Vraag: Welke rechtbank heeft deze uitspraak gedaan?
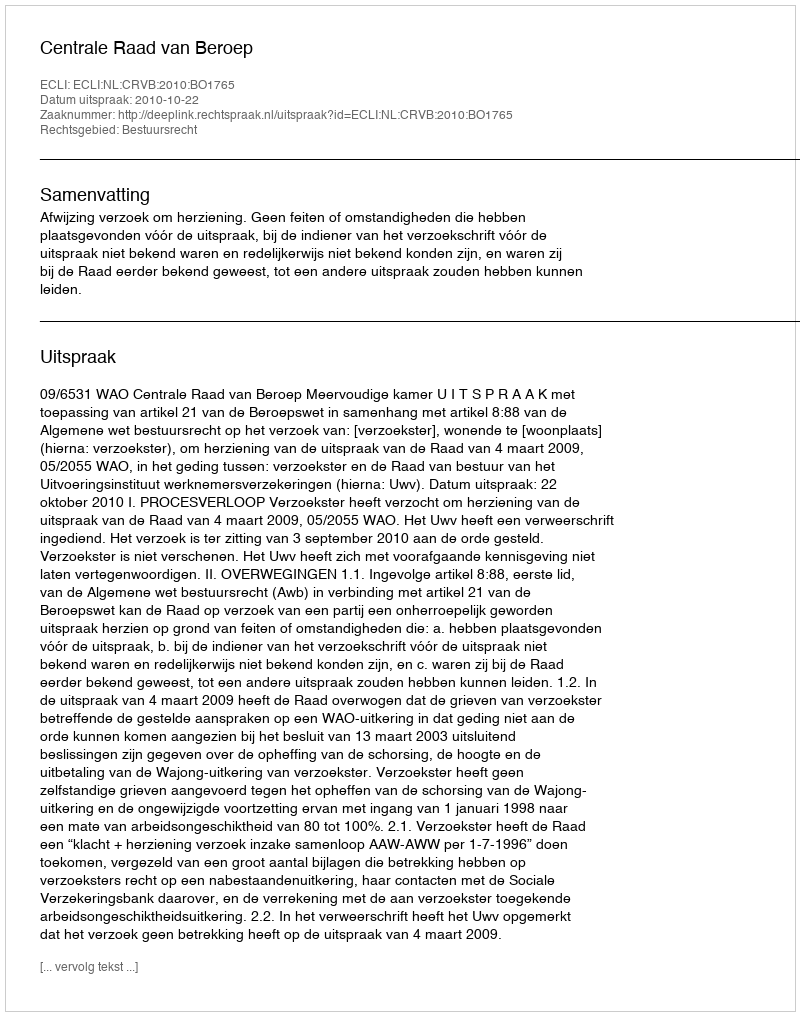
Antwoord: Centrale Raad van Beroep